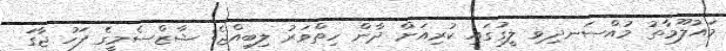
މައުލޫމާތު މުއްސަނދިވި ލީގުގައި ކުރިއަށް ދާން ހިތްވަރު ލިބިއްޖެ: ޝާޒްސެމީގެ ފަހު ޖާގަ